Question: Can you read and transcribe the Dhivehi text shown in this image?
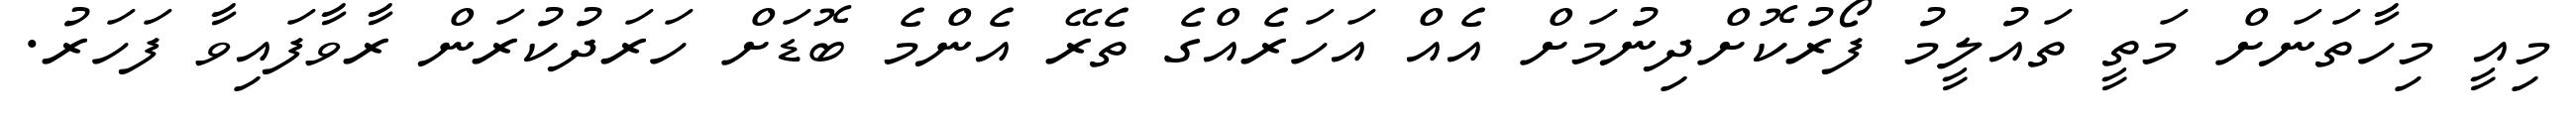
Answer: މިއީ މިހާތަނަށް މަތީ ތައުލީމު ފޯރުކޮށްދިނުމަށް އެއް އަހަރެއްގެ ތެރޭ އެންމެ ބޮޑަށް ހަރަދުކުރަން ރާވާފައިވާ ފަހަރު.